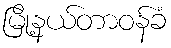
မြို့နယ်တာဝန်ခံ